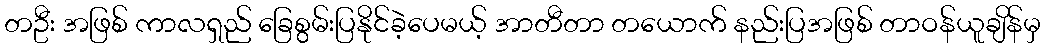
တဦး အဖြစ် ကာလရှည် ခြေစွမ်းပြနိုင်ခဲ့ပေမယ့် အာတီတာ တယောက် နည်းပြအဖြစ် တာဝန်ယူချိန်မှ